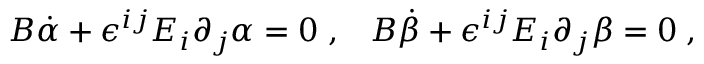
B \dot { \alpha } + \epsilon ^ { i j } E _ { i } \partial _ { j } \alpha = 0 \; , \; \; \; B \dot { \beta } + \epsilon ^ { i j } E _ { i } \partial _ { j } \beta = 0 \; ,